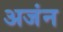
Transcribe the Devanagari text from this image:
अजंन